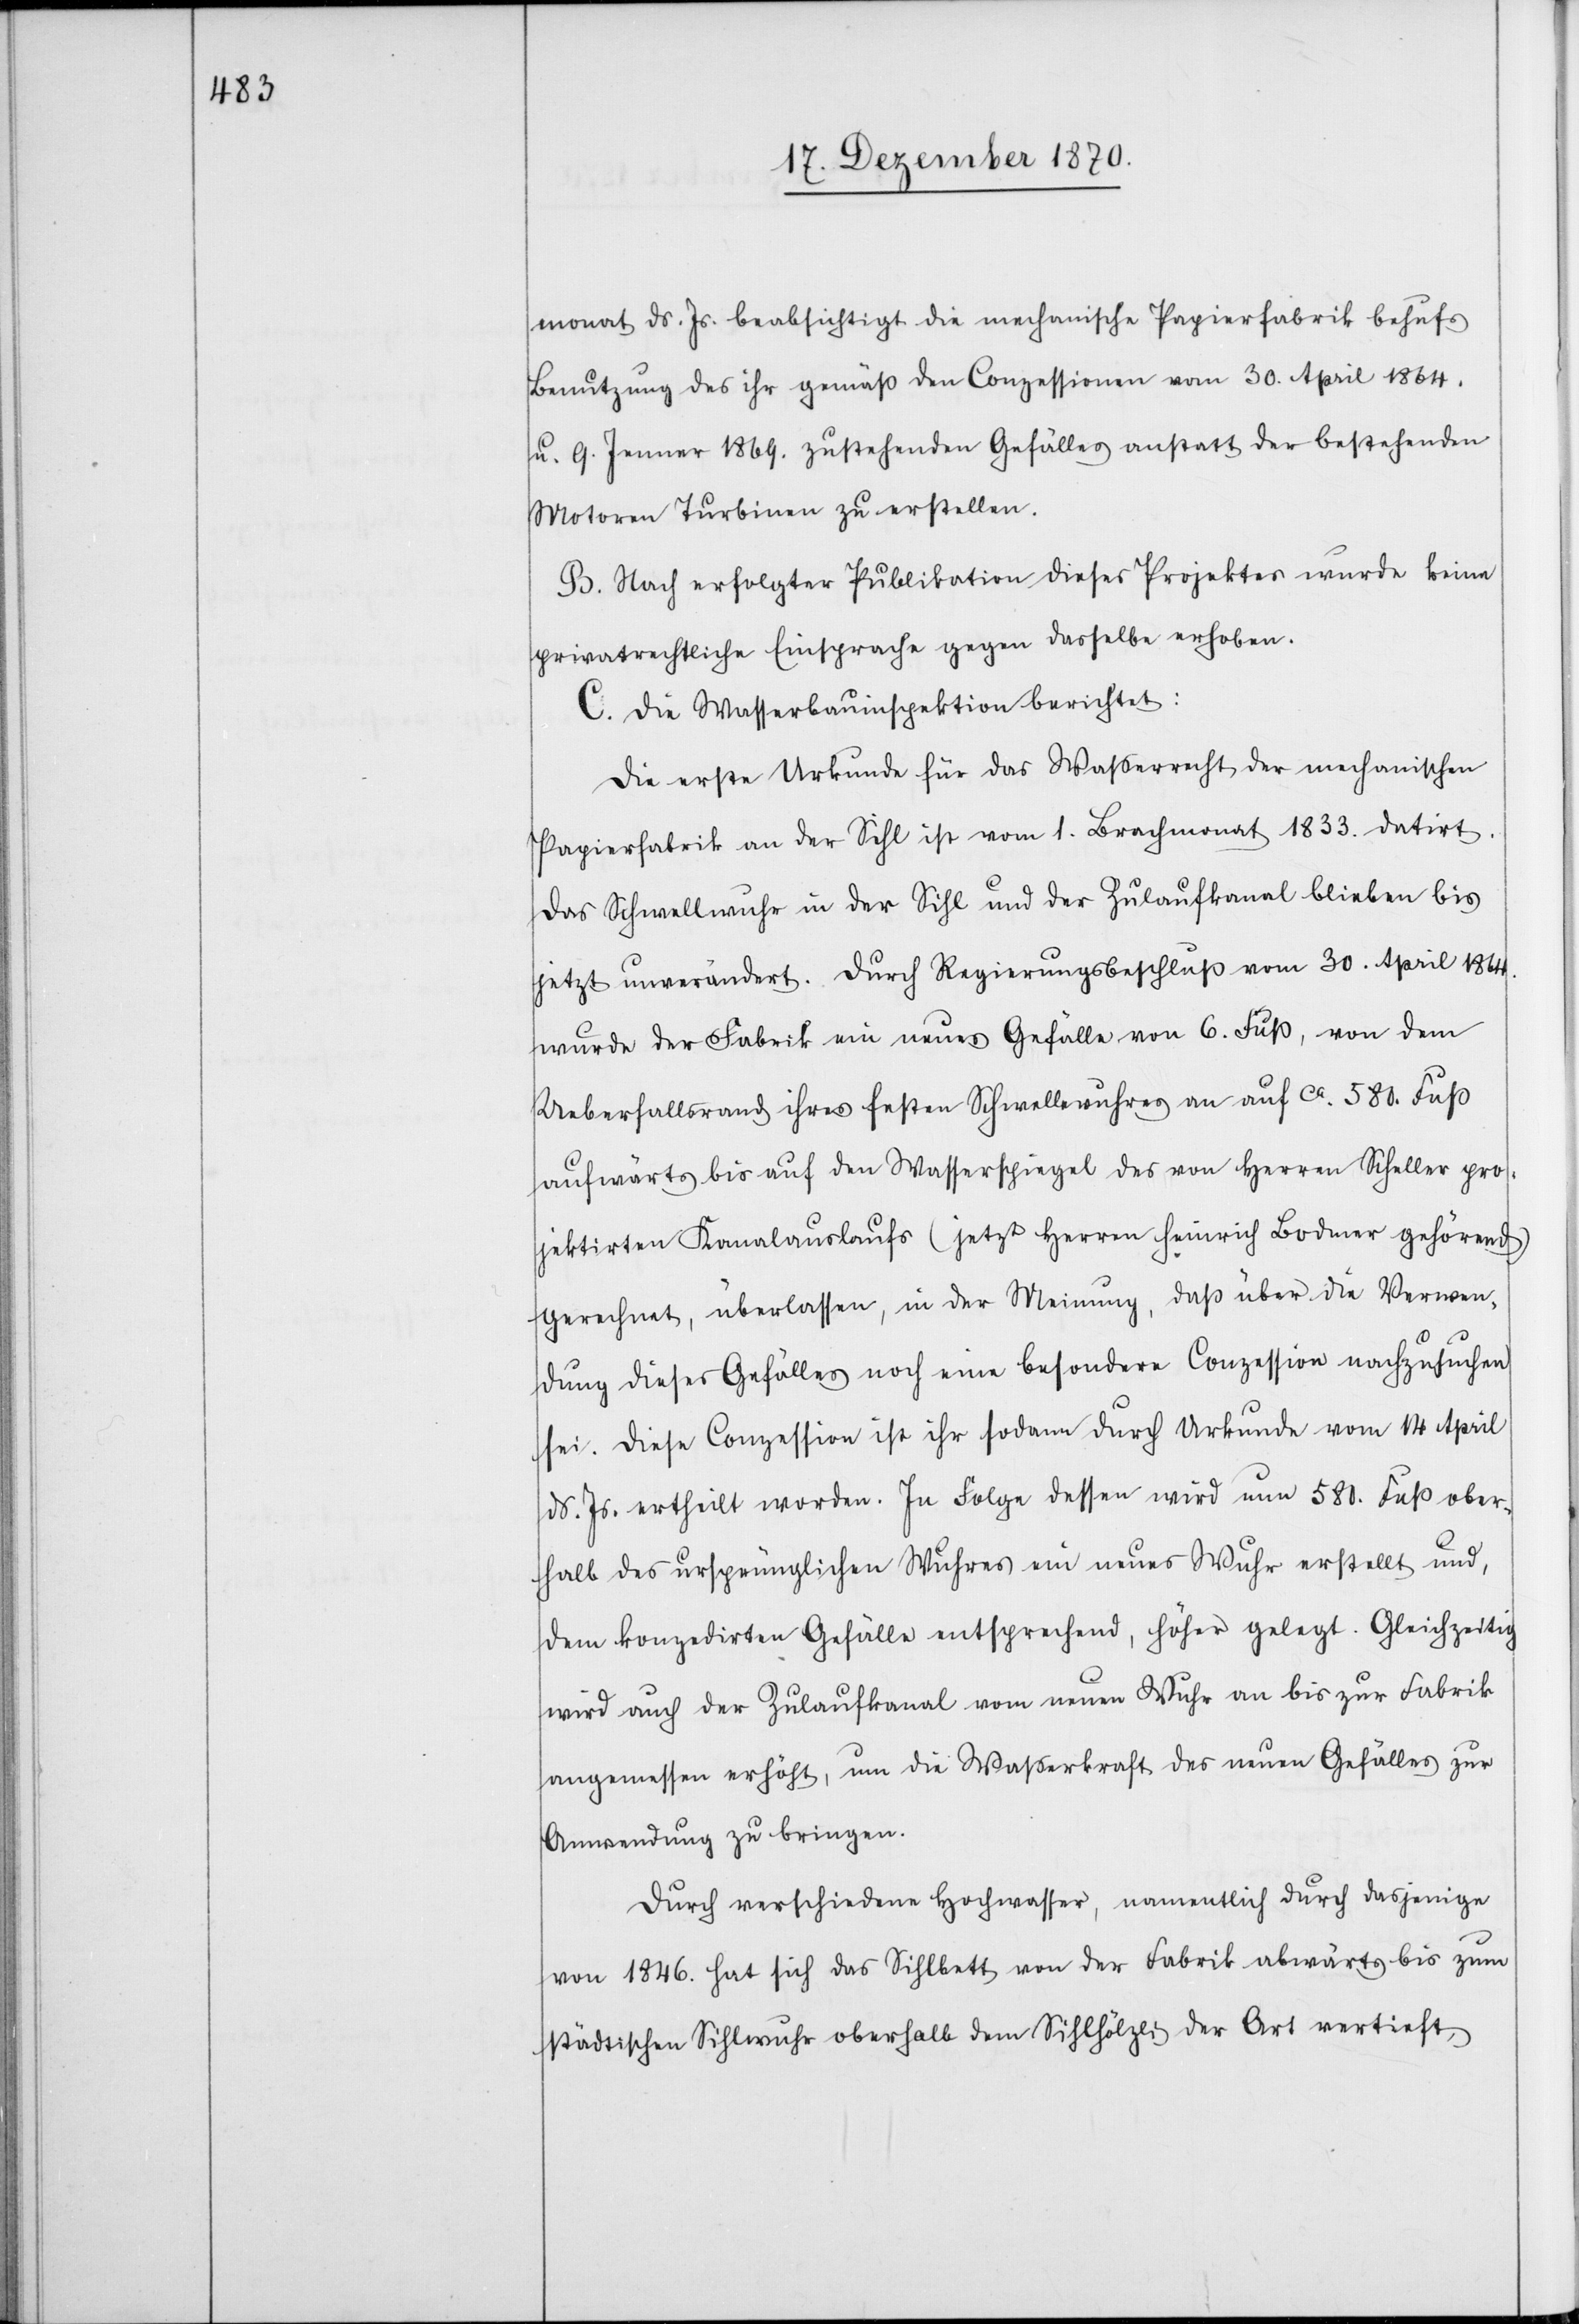
monat ds. Js. beabsichtigt die mechanische Papierfabrik behufs
Benutzung des ihr gemäß den Conzessionen vom 30. April 1864.
u. 9. Jenner 1869. zustehenden Gefälles anstatt der bestehenden
Motoren Turbinen zu erstellen.
B. Nach erfolgter Publikation dieses Projektes wurde keine
privatrechtliche Einsprache gegen dasselbe erhoben.
C. Die Wasserbauinspektion berichtet:
Die erste Urkunde für das Waßerrecht der mechanischen
Papierfabrik von der Sihl ist vom 1. Brachmonat 1833. datirt.
Das Schwellwuhr in der Sihl und der Zulaufkanal blieben bis
jetzt unverändert. Durch Regierungsbeschluß vom 30. April 1864.
wurde der Fabrik ein neues Gefälle von 6. Fuß, von dem
Ueberfallsrand ihres festen Schwellenwuhres an auf ca. 580. Fuß
aufwärts bis auf den Wasserspiegel des von Herren Scheller pro¬
jektirten Kanalauslaufs (jetzt Herren Heinrich Bodmer gehörend)
gerechnet, überlassen, in der Meinung, daß über die Verwen¬
dung dieses Gefälles noch eine besondere Conzession nachzusuchen
sei. Diese Conzession ist ihr sodann durch Urkunde vom 14 April
d. Js. ertheilt worden. In Folge dessen wird nun 580. Fuß ober¬
halb des ursprünglichen Wuhres ein neues Wuhr erstellt und,
dem konzedirten Gefälle entsprechend, höher gelegt. Gleichzeitig
wird auch der Zulaufkanal vom neuen Wuhr an bis zur Fabrik
angemessen erhöht, um die Wasserkraft des neuen Gefälles zur
Anwendung zu bringen.
Durch verschiedene Hochwasser, namentlich durch dasjenige
von 1846. hat sich das Sihlbett von der Fabrik abwärts bis zum
städtischen Sihlwuhr oberhalb dem Sihlhölzli der Art vertieft,